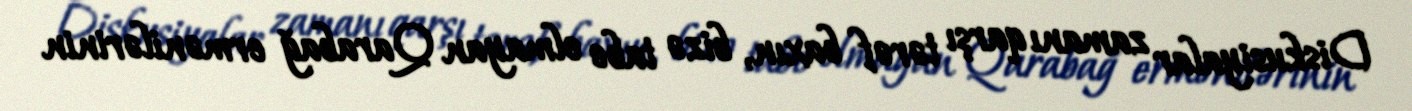
Diskusiyalar zamanı qarşı tərəf baxın, bizə tabe olmayan Qarabağ ermənilərinin